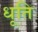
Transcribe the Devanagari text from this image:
धूति